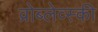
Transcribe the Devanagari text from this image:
व्रोब्लेव्स्की